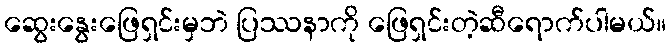
ဆွေးနွေးဖြေရှင်းမှဘဲ ပြဿနာကို ဖြေရှင်းတဲ့ဆီရောက်ပါမယ်။